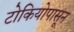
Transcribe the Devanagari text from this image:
टोकियोपासून